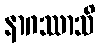
နာဂဿာသိ